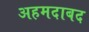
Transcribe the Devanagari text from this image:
अहमदाबद